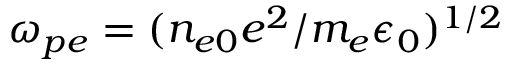
\omega _ { p e } = ( n _ { e 0 } e ^ { 2 } / m _ { e } \epsilon _ { 0 } ) ^ { 1 / 2 }